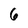
Character: 6